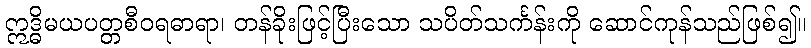
ဣဒ္ဓိမယပတ္တစီဝရဓာရာ၊ တန်ခိုးဖြင့်ပြီးသော သပိတ်သင်္ကန်းကို ဆောင်ကုန်သည်ဖြစ်၍။